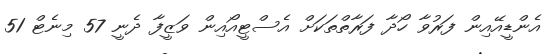
އެންޑީއޭއިން ފަރުވާ ހޯދާ ފަރާތްތަކަށް އެސްޓީއޯއިން ވަޒީފާ ދެނީ 57 މިނެޓް 51